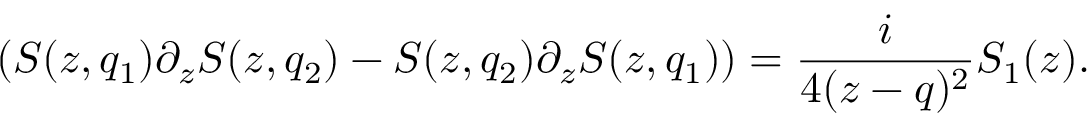
( S ( z , q _ { 1 } ) \partial _ { z } S ( z , q _ { 2 } ) - S ( z , q _ { 2 } ) \partial _ { z } S ( z , q _ { 1 } ) ) = { \frac { i } { 4 ( z - q ) ^ { 2 } } } S _ { 1 } ( z ) .